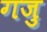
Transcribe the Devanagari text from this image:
गजु